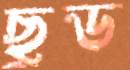
ছুড